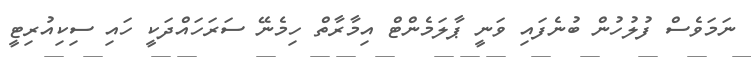
ނަަމަވެސް ފުލުހުން ބުނެފައި ވަނީ ޕާލަމެންޓް އިމާރާތް ހިމެނޭ ސަރަހައްދަކީ ހައި ސިކިއުރިޓީ